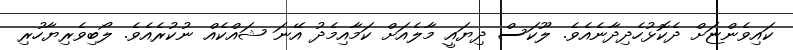
ކައިވެންޏަށް ދެކޮޅުހެދިދާނެއެވެ. ލޫކަސް ދިޔައީ މާލެއަށް ކަމާއިމެދު އޭނަ ޝައްކެއް ނުކުރެއެވެ. ލޯބިވެރިޔާހުރި